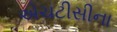
એચટીસીના